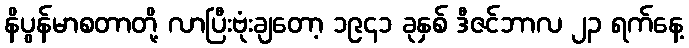
နိပွန်မာစတာတို့ လာပြီးဗုံးချတော့ ၁၉၄၁ ခုနှစ် ဒီဇင်ဘာလ ၂၃ ရက်နေ့